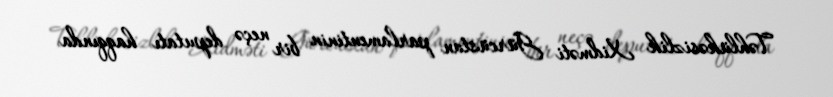
Təhlükəsizlik Xidməti Gürcüstan parlamentinin bir neçə deputatı haqqında